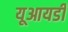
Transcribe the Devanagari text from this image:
यूआयडी